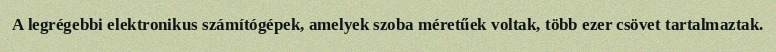
A legrégebbi elektronikus számítógépek, amelyek szoba méretűek voltak, több ezer csövet tartalmaztak.